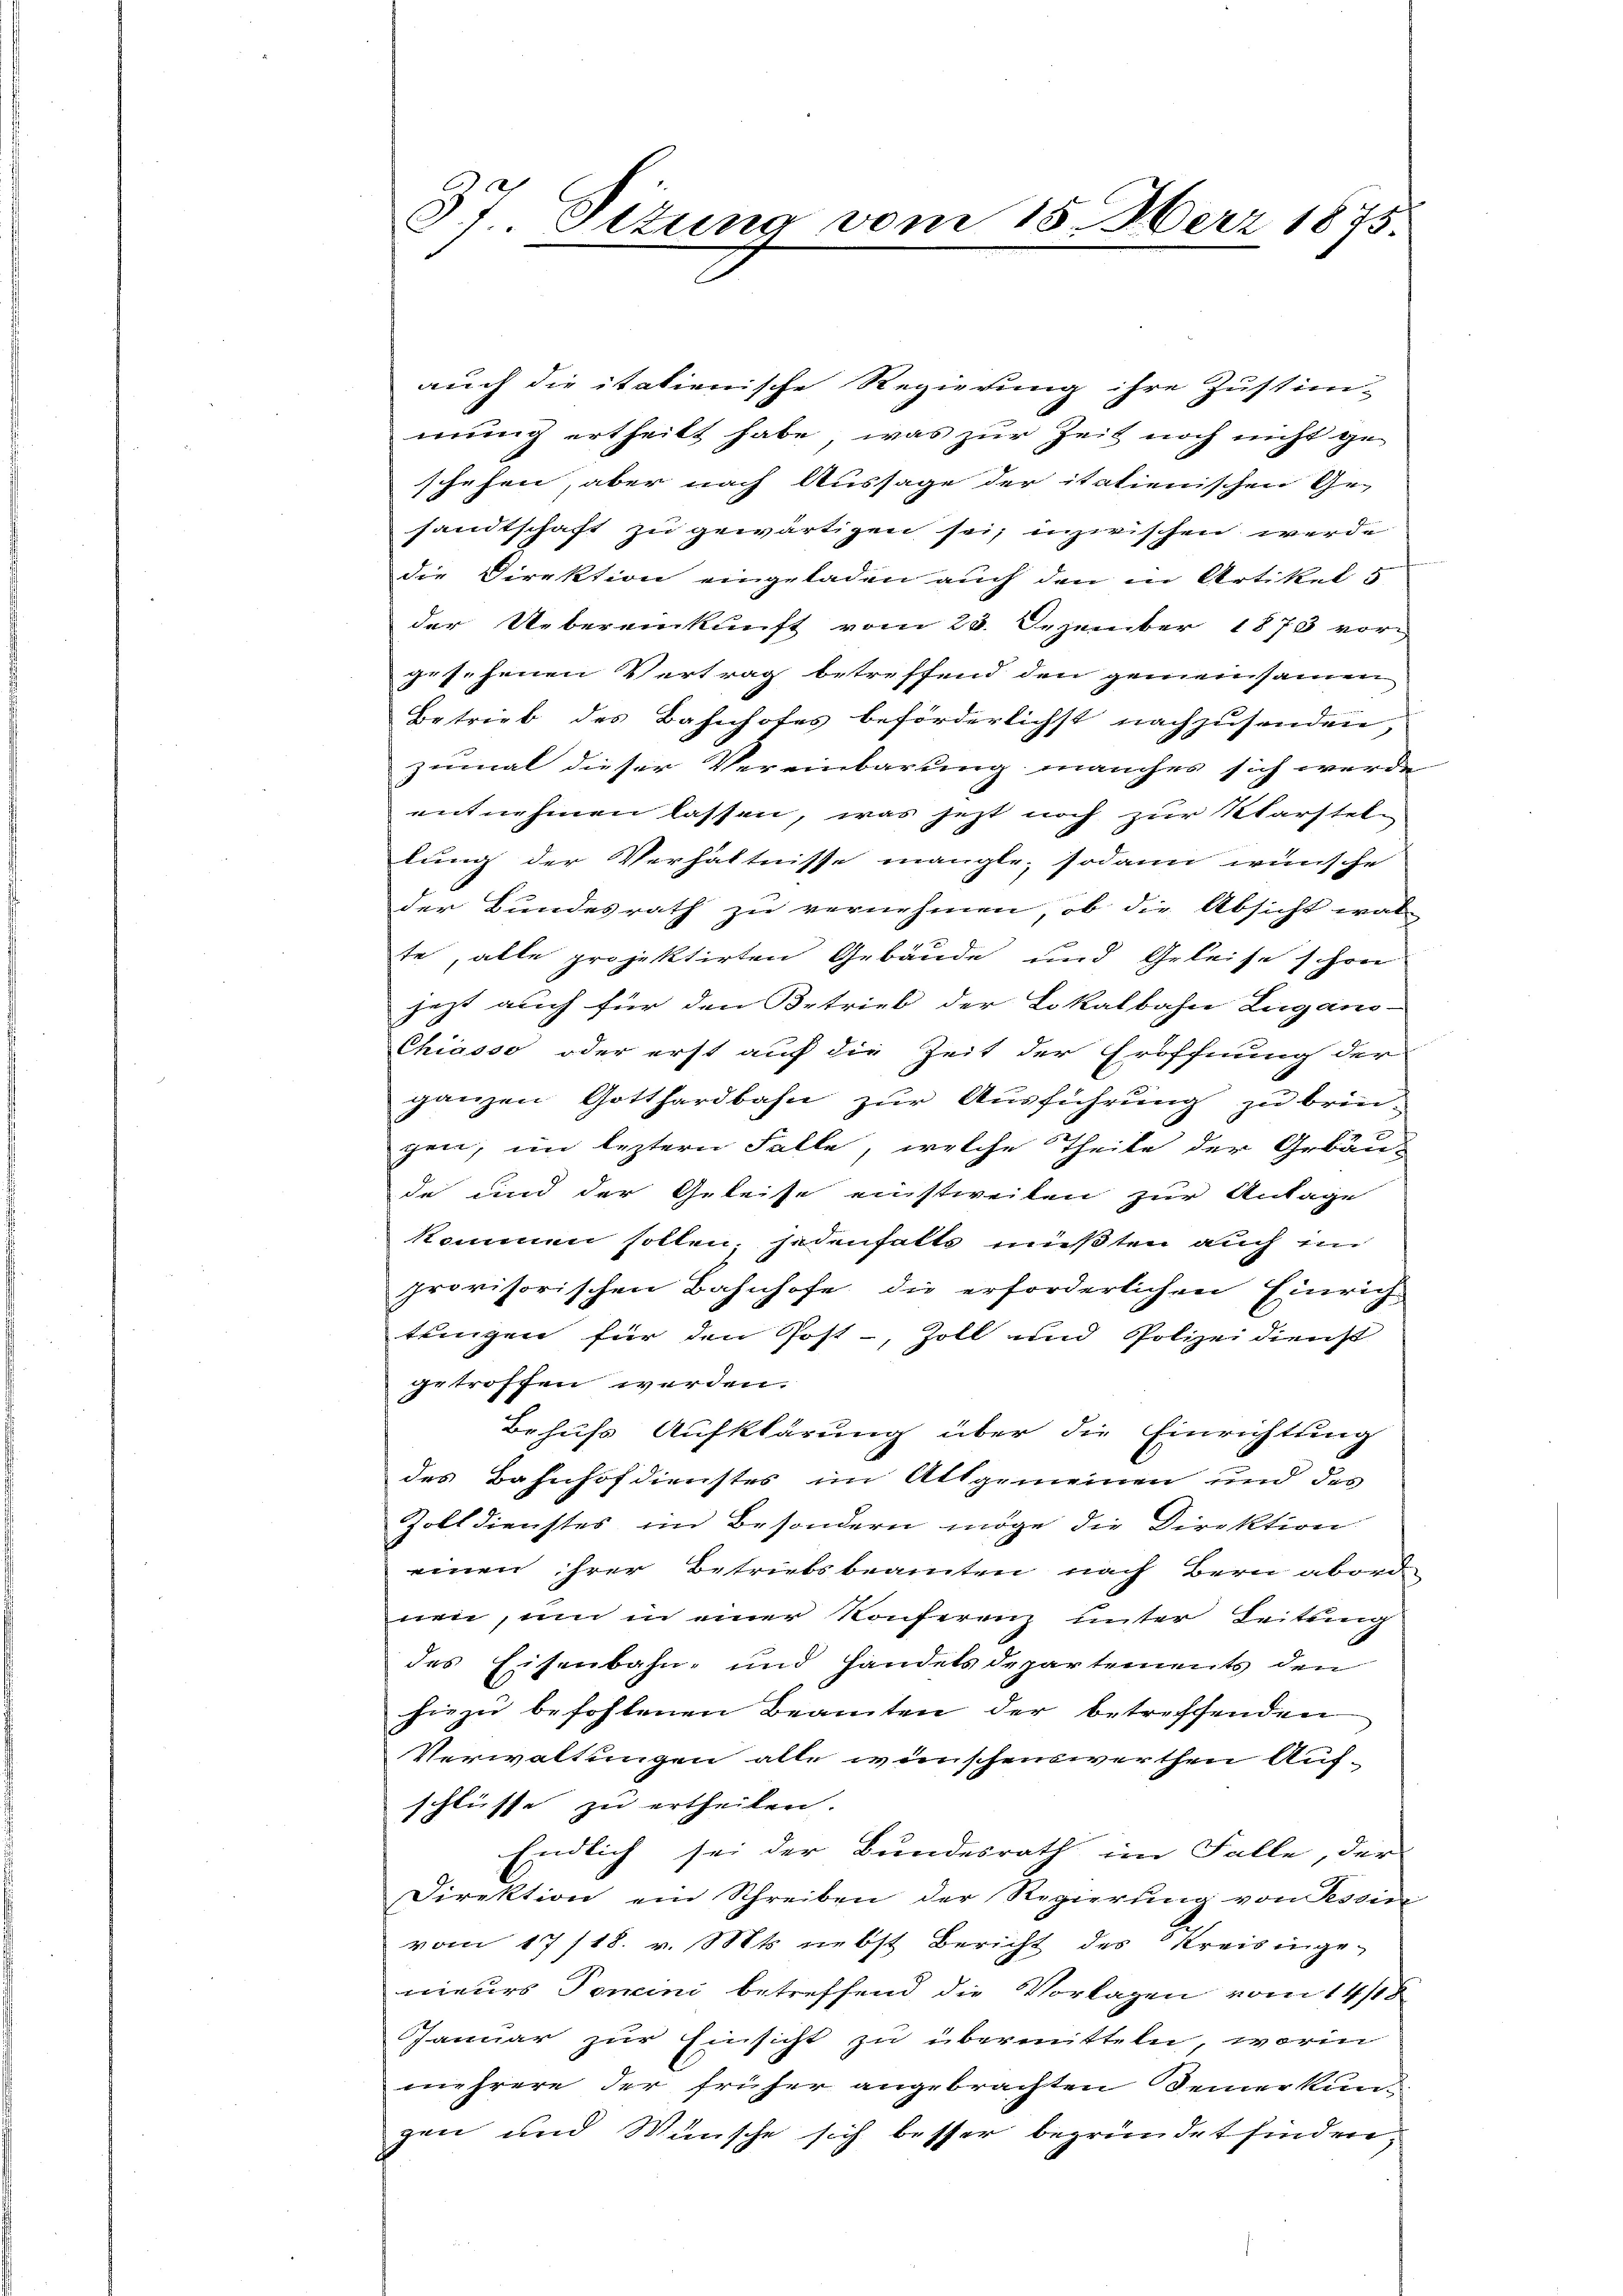
37 Situng vom 15. März 1875.

auch die itationische Regierung ihre Zustim-
mung ertheilt habe, was zur Zeit noch nicht ge-
schehen, aber nach Aussage der italienischen Ge-
sandtschaft zu gewärtigen sei, inzwischen werde
die Direktion eingeladen auch den in Artikel 5
der Uebereinkunft vom 20. Dezember 1873 vor-
gesehenen Vertrag betreffend den gemeinsamen
Betrieb des Bahnhofes beförderlichst nachzusenden,
zenmal dieser Vereinbarung manches sich werde
entnehmen lassen, was jetzt noch zur Klarstellung der Verhältnisse mangle, sodann wünsche
der Bundesrath zu vernehmen, ob die Absicht was
te, alle projektirten Gebäude und Geleise schon
jezt auch für den Betrieb der Lokalbahn Lugano-
Chiasso oder erst auf die Zeit der Eröffnung der
ganzen Gotthardbahn zur Ausführung zu brin-
gen; im leztern Falle, welche Theile der Gebäu-
de und der Geleise einstweilen zur Anlage
kommen sollen, jedenfalls müßten auch im
provisorischen Bahnhofe die erforderlichen Einrich
tringen für den Post-, Zoll und Polizeidienst
getroffen werden.
Behufs Aufklärung über die Einrichtung
des Bahnhofdienstes im Altgemeinen und des
Zolldienstes im Besondern möge die Direktion
einen ihrer Betriebsbeamten nach Bern aborde
nen, um in einer Konferenz unter Leitung
des Eisenbahn- und Handels departements den
hiezu befohlenen Beamten der betreffenden
Verwaltungen alle wünschenswerthen Aufschlüsse zu ertheilen.
Endlich sei der Bundesrath im Falle, der
Direktion ein Schreiben der Regierung von Tessin
vom 17/18. v. Mts. nebst Bericht des Kreisingenieurs Ponini betreffend die Vorlagen vom 14/18
Januar zur Einsicht zu übermitteln, worin
mehrere der früher angebrachten Demerkund
gen und Wünsche sich besser begründet finden,